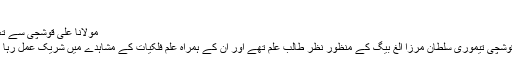
[17]
مولانا علی قوشچی سے تعلقات[ترمیم]
مولانا علی قوشچی تیموری سلطان مرزا الغ بیگ کے منظور نظر طالب علم تھے اور اُن کے ہمراہ علم فلکیات کے مشاہدے میں شریک عمل رہا کرتے تھے۔